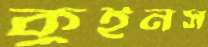
কুইনস